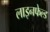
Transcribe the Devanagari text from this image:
लाइनफेल्ड